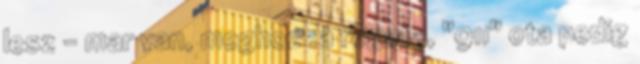
lesz - mar van, meghozza regota, "911" ota pedig